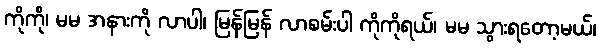
ကိုကို၊ မမ အနားကို လာပါ၊ မြန်မြန် လာစမ်းပါ ကိုကိုရယ်၊ မမ သွားရတော့မယ်၊